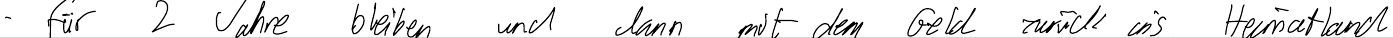
- für 2 Jahre bleiben und dann mit dem Geld zurück ins Heimatland